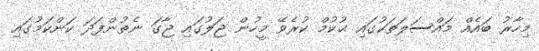
މިހާރު ބައެއް މައްސަލަތަކުގައި ޙުކުމް ކުރެވޭ މީހުން ޖަލުގައި ޖާގަ ނެތުންފަދަ ކަންކަމުގައި